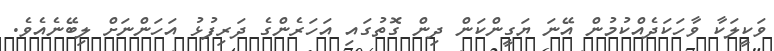
ވަކީލަކާ ވާހަކަދެއްކުމުން އޭނަ ޔަގީންކަން ދިން ގޮތުގައި އަހަރެންގެ ދަރިފުޅު އަހަންނަށް ލިބޭނެއެވެ.